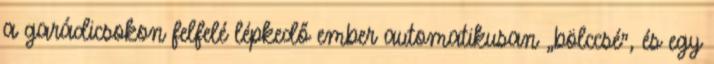
a garádicsokon felfelé lépkedő ember automatikusan „bölccsé”, és egy